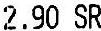
2.90 SR